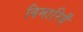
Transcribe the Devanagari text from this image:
बिमारियँ